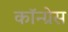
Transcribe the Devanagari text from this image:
कॉन्‍ग्रेस